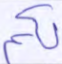
لكم